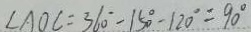
\angle A O C = 3 6 0 ^ { \circ } - 1 5 0 ^ { \circ } - 1 2 0 ^ { \circ } = 9 0 ^ { \circ }